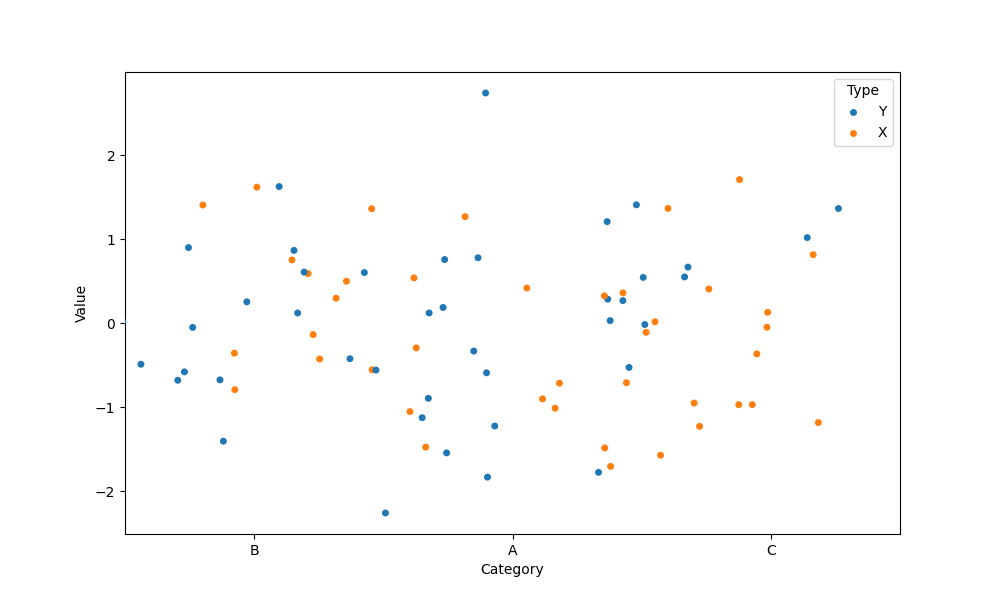
python, seaborn, stripplot, jitter=True, dodge=False, alpha=1.0, size=5